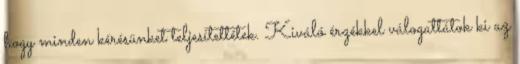
hogy minden kérésünket teljesítettétek. Kiváló érzékkel válogattátok ki az